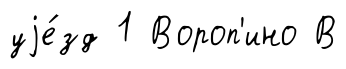
уjе́зд 1 Вороп'ино В